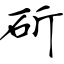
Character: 斫